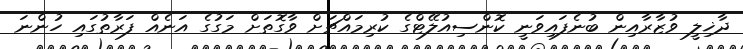
ދާޚިލީ ވުޒާރާއިން ބުނެފައިވަނީ ކޮންސިއުލޭޓްގެ ކުރިމައްޗަށް ވާގޮތަށް މަގުގެ އަނެއް ފަރާތުގައި ހުންނަ